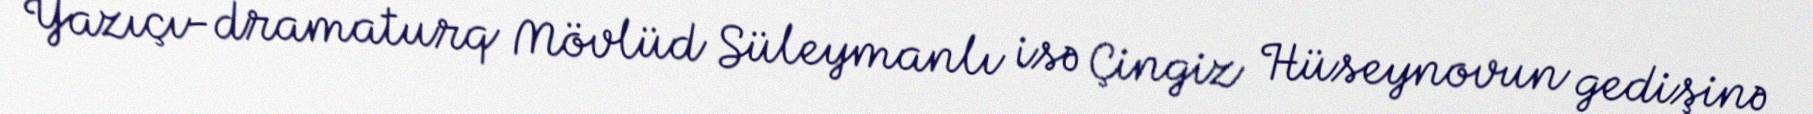
Yazıçı-dramaturq Mövlüd Süleymanlı isə Çingiz Hüseynovun gedişinə